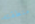
منطقته